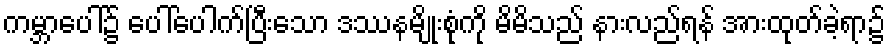
ကမ္ဘာပေါ်၌ ပေါ်ပေါက်ပြီးသော ဒဿနမျိုးစုံကို မိမိသည် နားလည်ရန် အားထုတ်ခဲ့ရာ၌